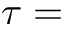
\tau =